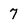
Character: 7